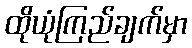
ထိုယုံကြည်ချက်မှာ